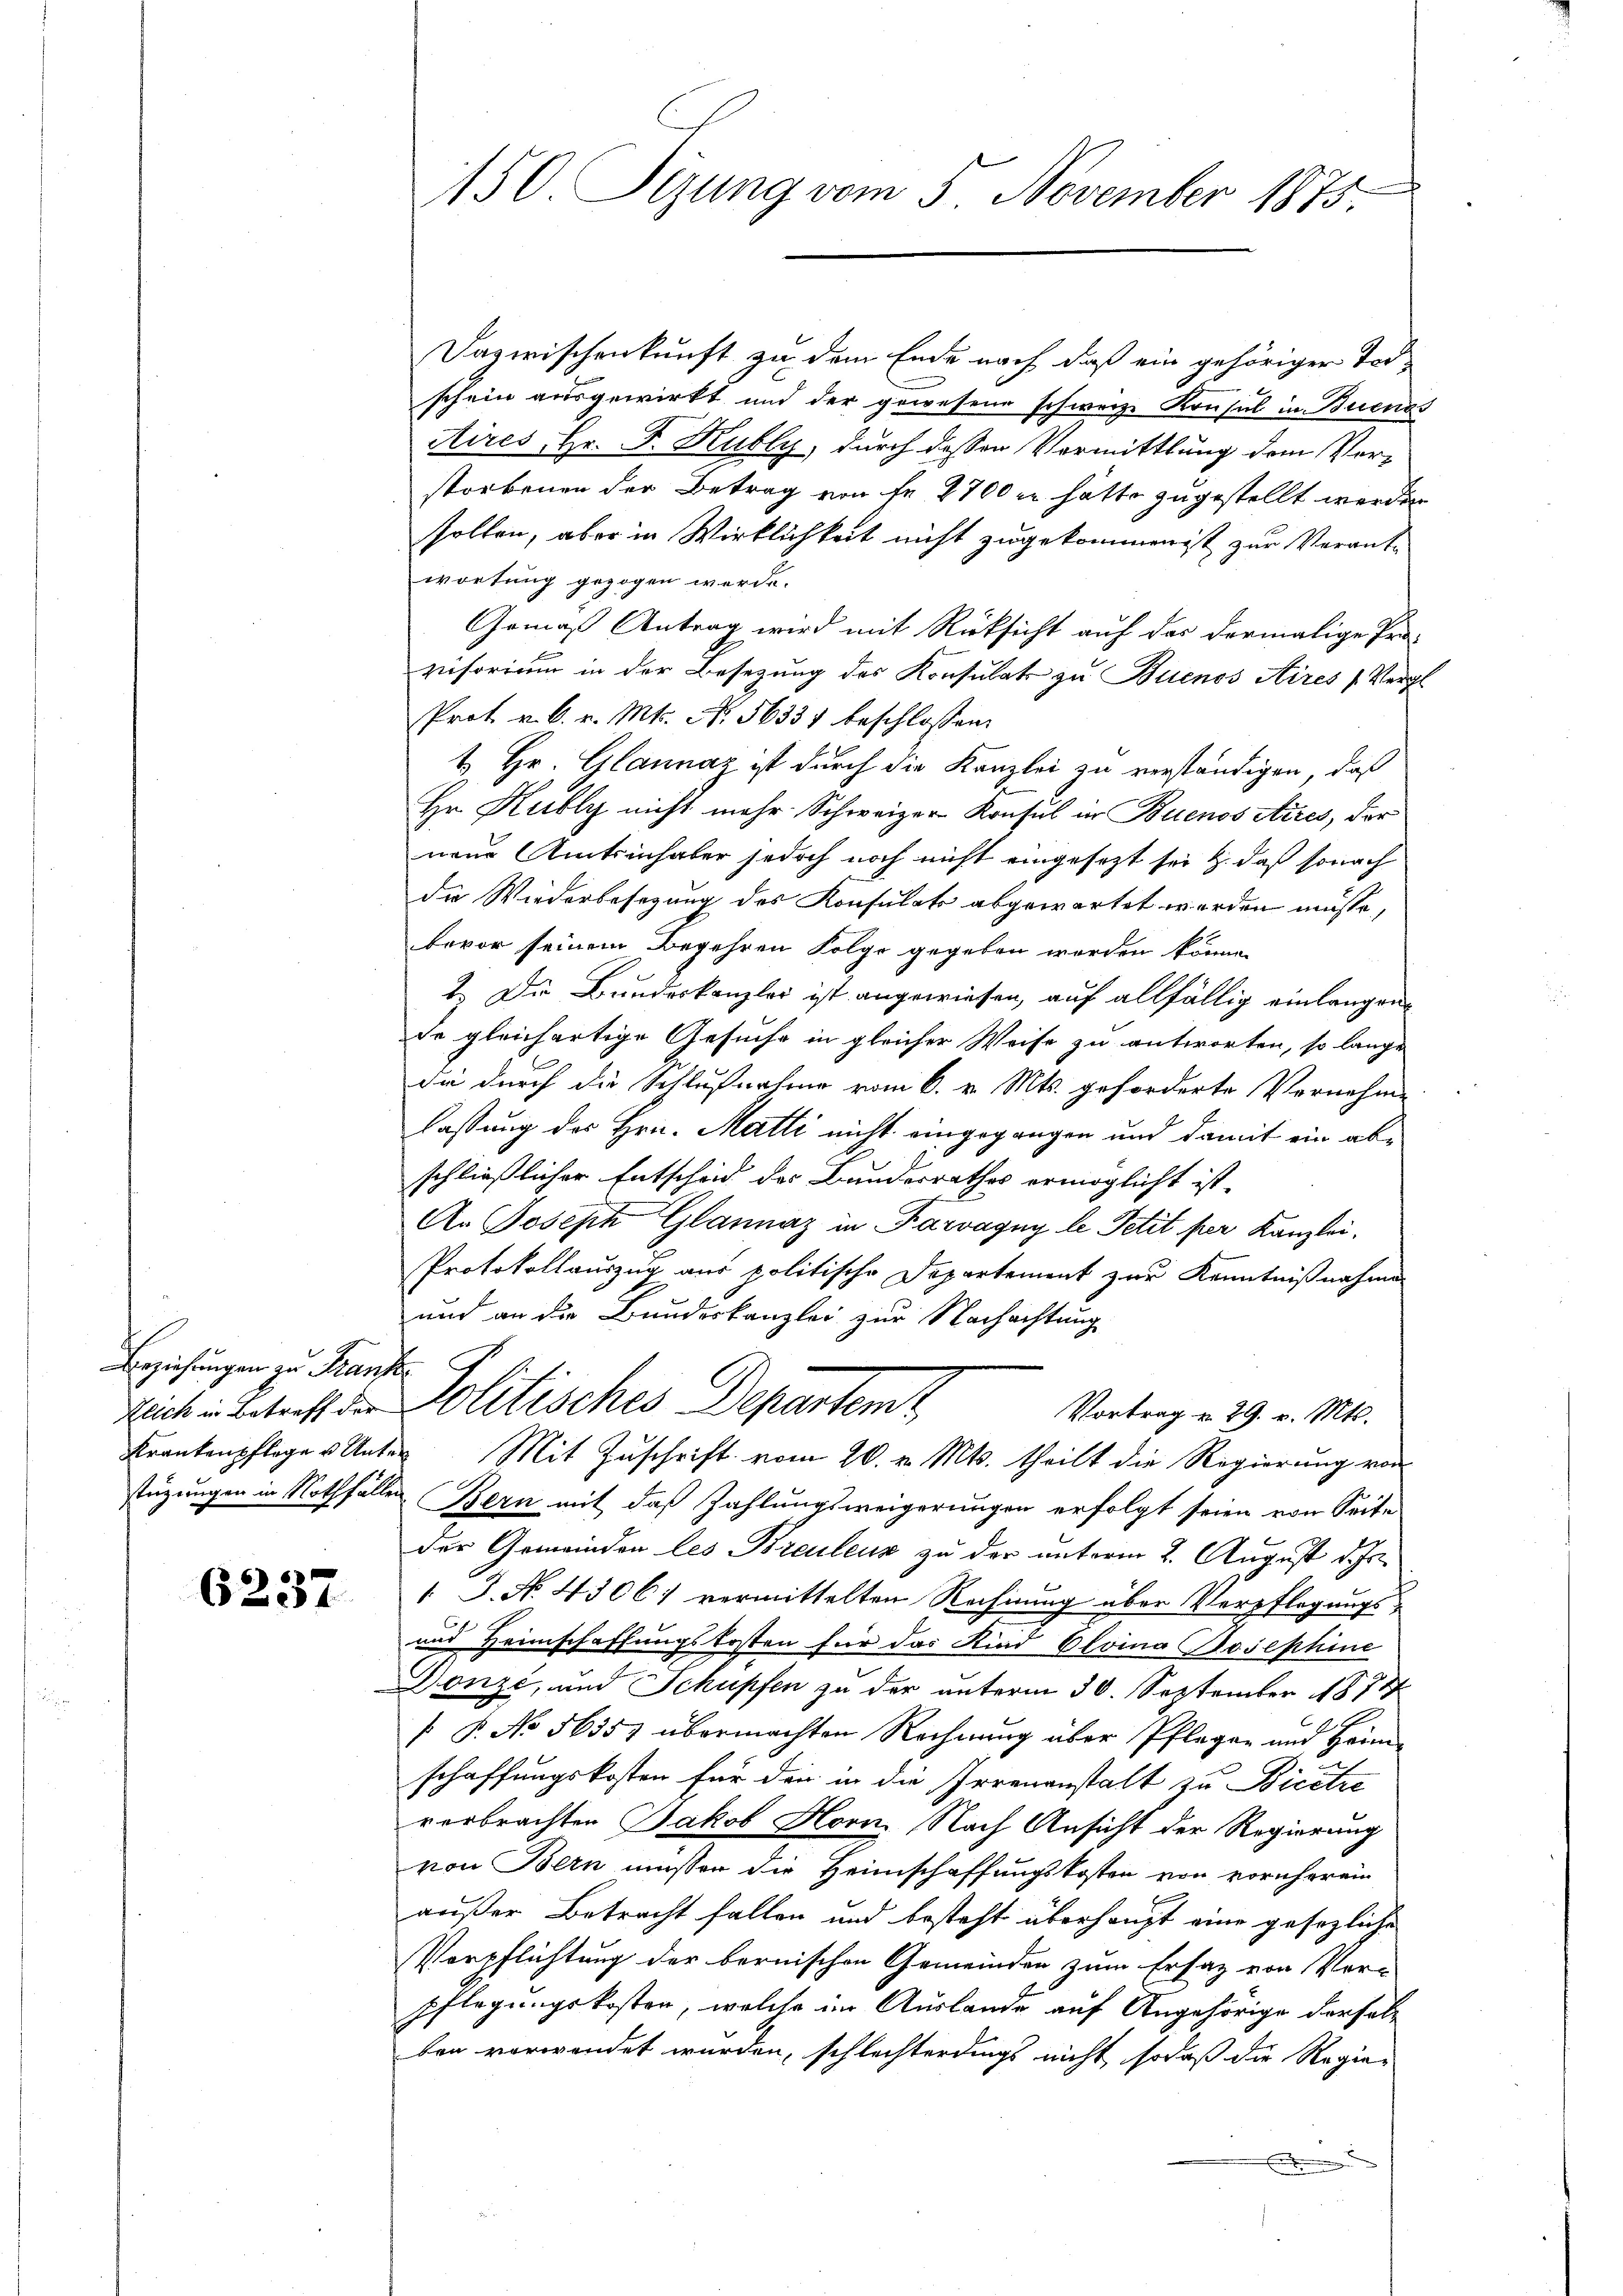
Beziehungen zu Kaufe

6237

150. Sizung vom 5 November 1875.

Dazwischenkunft zu dem Ende nach daß ein gehöriger Todschein ausgewirkt und der gewesene schweize Konsul in Buenos
Aires, Hr. F. Kubly, durch dessen Vermittlung dem Ver-
storbenen der Betrag von Fr. 2700 er hätte zugestellt werden
sollen, aber in Wirklichkeit nicht zugekommen ist zur Verantwortung gezogen werde.
Gemäß Antrag wird mit Rücksicht auf das dermalige Pro-
visorium in der Besetzung des Konsulats zu Buenos Aires (Vergl
Prot. v. 6. v. Mts. No. 56331 beschlossen:
1. Hr. Glannaz ist durch die Kanzlei zu verständigen, daß
Hr. Kubly nicht mehr Schweizer Konsul in Buenos Aires, der
neue Amtsinhaber jedoch noch nicht eingesezt sei & daß sonach
die Wiederbesezung des Konsulats abgewartet werden müsse,
bevor seinem Begehren Folge gegeben worden könne.
1.) Die Bundeskanzler ist angewiesen, auf allfällig einlangen
de gleichartige Gesuche in gleicher Weise zu antworten, so lange
di durch die Schlußnahme vom 6. v. Mts. geforderte Vornehme
lassung des Hrn. Matti nicht eingegangen und damit ein abschließlicher Entscheid des Bundesrathes ermöglicht ist.
An Joseph Glannaz in Karvagny le Petit per Kanzlei.
Protokollauszug aus politische Departement zur Kenntnißnahme
und an die Bundeskanzlei zur Nachachtung
ruch in Betreff der Politisches Departem
Vortrag u. 29. v. Mts.
Krankenpfleger Unter Mit Zuschrift vom 20. v. Mts. theilt die Regierung von
stüzungen in Nothfällen Bern mit das Zahlungsweigerungen erfolgt seien von Seite
der Gemeinden les Breuleur zu der unterm 2. August d. Js.
1 J. No. 4306; vermittelten Rechnung über Verpflegungs¬
und Heimschaffungskosten für das Kind Cloina Josephine
Donzé, und Schupfen zu der unterm 30. September 1874
/. P. No 56357 übermachten Rechnŭng über Pflegen und Heim-
schaffungskosten für den in die Irrenanstalt zu Bicetze
verbrachten Jakob Horn. Nach Ansicht der Regierung
von Bern müssen die Heimschaffungskosten von vornherein
außer Betracht fallen und besteht überhaupt eine gesezliche
Verpflichtung der bernischen Gemeinden zum Ersatz von Ver-
pflegungskosten, welche im Auslande auf Angehörige derselben verwendet wurden, schlechterdings nicht, sodaß die Regie-
e